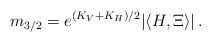
LaTeX: \begin{align*}m_{3/2}=e^{(K_V+K_H)/2}|\langle H,\Xi\rangle |\, .\end{align*}